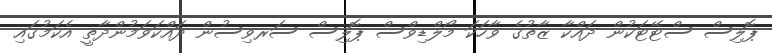
ޕޮލިސް ސްޓޭޓަކުން ދައްކާ ޒާތުގެ ވާހަކަ މޯލްޑިވްސް ޕޮލިސް ސަރވިސުން ދައްކަވަމުންދާތީ އެކަމުގައި